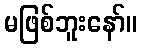
မဖြစ်ဘူးနော်။